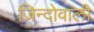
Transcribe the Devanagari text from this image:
जिन्दोवाली